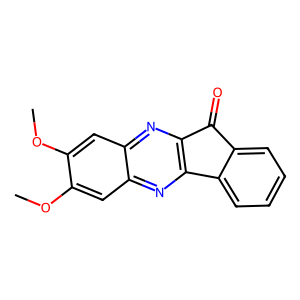
SMILES: COc1cc2nc3c(nc2cc1OC)-c1ccccc1C3=O
Inhibits HIV replication: No